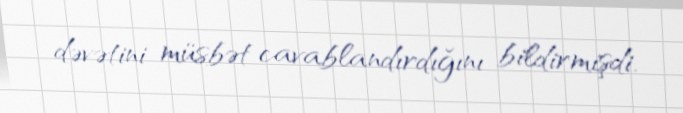
dəvətini müsbət cavablandırdığını bildirmişdi.